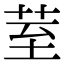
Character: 荎